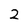
Character: 2